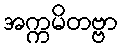
အက္ကမိတဗ္ဗာ